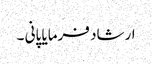
ارشاد فرمایا پانی ۔